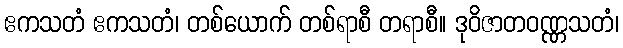
ဧကသတံ ဧကသတံ၊ တစ်ယောက် တစ်ရာစီ တရာစီ။ ဒုဝိဇာတဝဏ္ဏသတံ၊